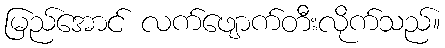
မြည်အောင် လက်ဖျောက်တီးလိုက်သည်။